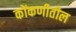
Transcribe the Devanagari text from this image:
कोंकणीतील